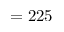
= 2 2 5